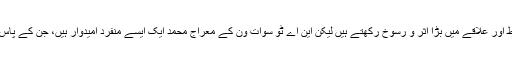
عموماً ہمارے سیاست دان مالی طورپرمضبوط اور علاقے میں بڑا اثر و رسوخ رکھتے ہیں لیکن این اے ٹو سوات ون کے معراج محمد ایک ایسے منفرد امیدوار ہیں، جن کے پاس بیش بہا دولت ہے اور نہ باپ دادا کی جاگیر۔